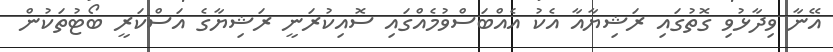
އޭނާ ވިދާޅުވި ގޮތުގައި ރަޝިޔާއާ އެކު އެއްބަސްވުމެއްގައި ސޮއިކުރަނީ ރަޝިޔާގެ އަސްކަރީ ބޯޓުތަކުން